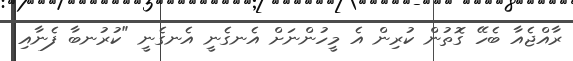
ރާއްޖެއާ ބެހޭ ގޮތުން ކުރިން އެ މީހުންނަށް އެނގެނީ އެނގެނީ "ކުރުނބާ ފެނާއި